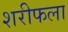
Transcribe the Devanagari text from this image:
शरीफला